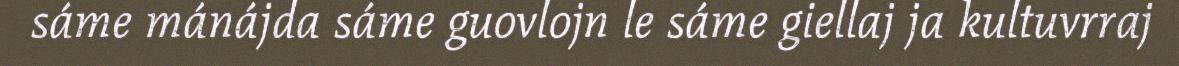
sáme mánájda sáme guovlojn le sáme giellaj ja kultuvrraj